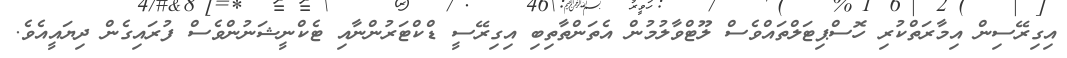
އިގިރޭސިން އިމާރަތްކުރި ހޮސްޕިޓަލްތައްވެސް ލޫޓްވާލުމުން އެތަންތާތިބި އިގިރޭސީ ޑްކްޓަރުންނާއި ޓެކްނީޝަނުންވެސް ފުރައިގެން ދިޔައީއެވެ.